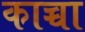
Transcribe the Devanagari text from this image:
काच्चा